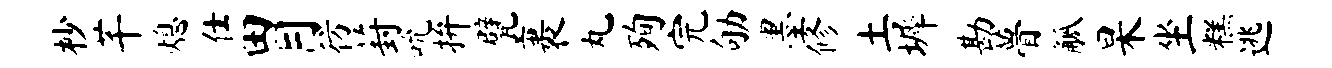
杪芊熄仕胃彷葑吮拚甓裹丸殉完劬墨修土墀勘瞢觚杲坐糕逃